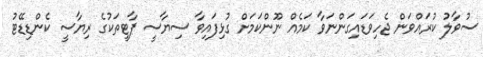
ސުވާލު ކުރައްވަން ޖެހިވަޑައިގަންނަވާ ކަމެއް ނޫންކަމަށް ގުޅިފައިވާ ސިޔާސީ ޕާޓީތަކުގެ ރިޔާސީ ކެންޑިޑޭޓު